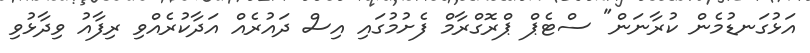
އަޅުގަނޑުމެން ކުރާނަން" ސްޓެޕް ޕްރޮގްރާމް ފެށުމުގައި އިސް ދައުރެއް އަދާކުރެއްވި ރިފާއު ވިދާޅުވި